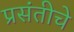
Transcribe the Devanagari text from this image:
प्रसंतीचे